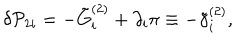
\delta { \cal P } _ { 2 i } = - \tilde { G } _ { i } ^ { ( 2 ) } + \partial _ { i } \pi \equiv - \tilde { \gamma } _ { i } ^ { ( 2 ) } ,